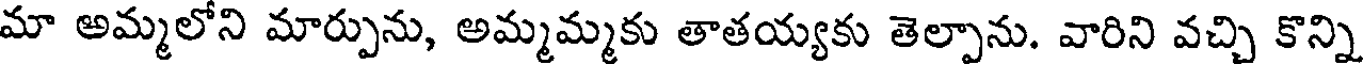
మా అమ్మలోని మార్పును, అమ్మమ్మకు తాతయ్యకు తెల్పాను. వారిని వచ్చి కొన్ని